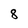
Character: 8